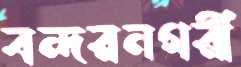
বন্দরনগরী